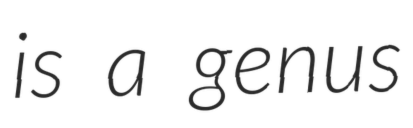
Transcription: is a genus